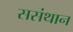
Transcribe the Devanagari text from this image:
ससंथान